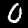
Label: 0